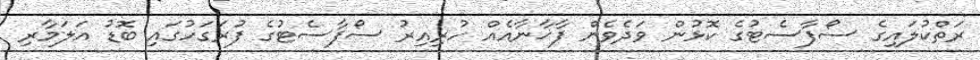
ރަތްކުލައިގެ ސޯފާސެޓުގެ ކޮޅުން ވަދެވެން ފާޚާނާއެއް ހުރިއިރު ސޯފާސެޓުގެ ފުރަގަހުގައި ބޮޑު އަލަމާރި